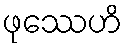
ဖုဿေဟိ